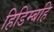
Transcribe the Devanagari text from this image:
हिडिम्बहि